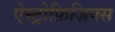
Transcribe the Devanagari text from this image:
ऐस्ट्रोफ़िज़िक्स